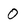
Character: O